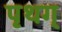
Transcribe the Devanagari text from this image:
पृथग्